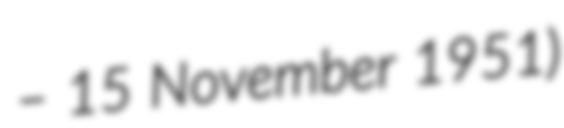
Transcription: – 15 November 1951)